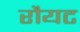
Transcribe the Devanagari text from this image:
रौयट